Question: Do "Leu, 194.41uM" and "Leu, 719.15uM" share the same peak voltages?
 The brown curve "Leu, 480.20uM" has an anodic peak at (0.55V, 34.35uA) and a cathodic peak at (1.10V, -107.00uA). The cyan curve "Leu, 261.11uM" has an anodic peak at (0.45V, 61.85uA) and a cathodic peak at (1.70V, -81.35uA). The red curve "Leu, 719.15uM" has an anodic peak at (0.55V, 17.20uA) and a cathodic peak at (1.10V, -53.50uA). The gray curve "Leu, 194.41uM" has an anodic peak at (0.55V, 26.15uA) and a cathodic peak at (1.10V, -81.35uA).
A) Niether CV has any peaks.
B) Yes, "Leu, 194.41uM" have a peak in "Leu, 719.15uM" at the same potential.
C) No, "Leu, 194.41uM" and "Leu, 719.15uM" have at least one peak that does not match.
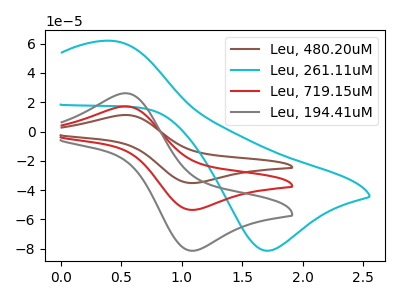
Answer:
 <answer>B) Yes, "Leu, 194.41uM" have a peak in "Leu, 719.15uM" at the same potential.</answer>
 <eval>B</eval>